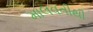
માલવતીથી